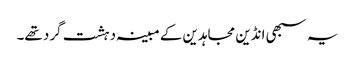
یہ سبھی انڈین مجاہدین کے مبینہ دہشت گرد تھے۔